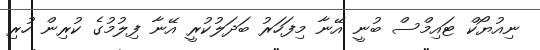
ނިއުޔޯކް ޓައިމްސް ބުނީ އޭނާ މިފަހަރު ބަދަލުކުރީ އޭނާ ފިލުމުގެ ކުރިން ހުރި